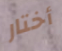
أختار